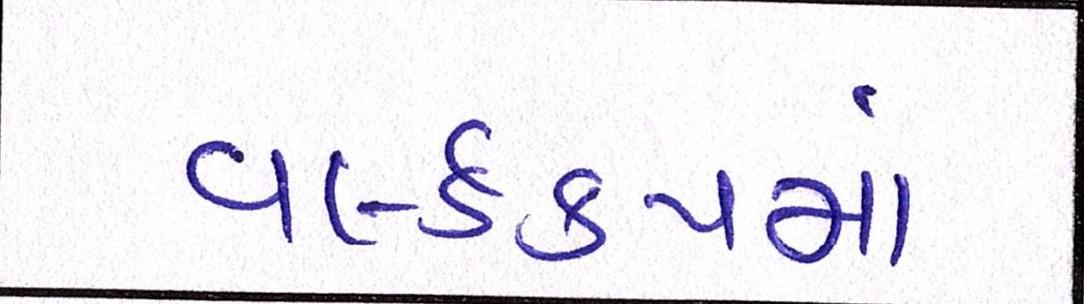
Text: વર્લ્ડકપમાં